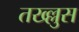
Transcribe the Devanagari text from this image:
तख्ल्लुस